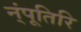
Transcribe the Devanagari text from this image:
न्ंपूतिरि